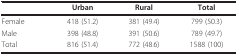
<table><thead><tr><td></td><td><b>Urban</b></td><td><b>Rural</b></td><td><b>Total</b></td></tr></thead><tbody><tr><td>Female</td><td>418 (51.2)</td><td>381 (49.4)</td><td>799 (50.3)</td></tr><tr><td>Male</td><td>398 (48.8)</td><td>391 (50.6)</td><td>789 (49.7)</td></tr><tr><td>Total</td><td>816 (51.4)</td><td>772 (48.6)</td><td>1588 (100)</td></tr></tbody></table>